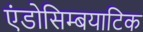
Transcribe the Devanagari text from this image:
एंडोसिम्बयाटिक